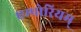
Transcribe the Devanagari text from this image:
एम्पोरियम्